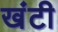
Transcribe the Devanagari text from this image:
खंटी